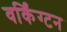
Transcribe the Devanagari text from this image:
वर्किंग्टन